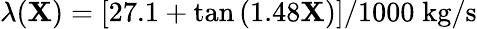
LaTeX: \lambda(\mathbf{X})=[27.1+\tan{(1.48\mathbf{X})}]/1000\; \mathrm{{kg/s}}